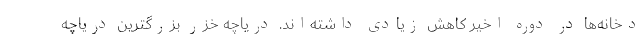
دخانه‌ها در دوره اخیر کاهش زیادی داشته‌اند. دریاچه خزر بزرگترین دریاچه